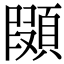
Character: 䫗